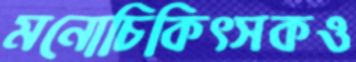
মনোচিকিৎসকও